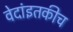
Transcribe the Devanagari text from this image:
वेदांइतकीच